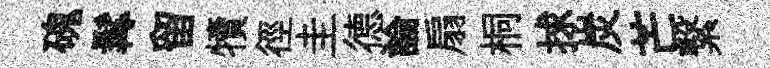
磈髯留犢徑圭德論扇桐捄炭芒繋